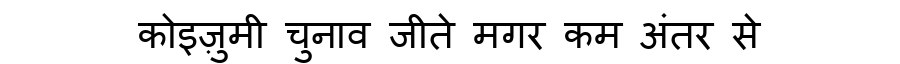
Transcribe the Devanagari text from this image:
कोइज़ुमी चुनाव जीते मगर कम अंतर से